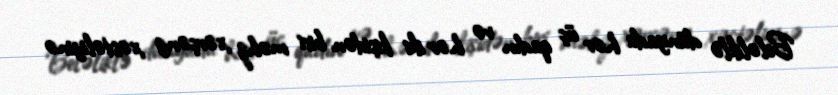
Beləliklə dünyada hər üç qadın və hər iki kişidən biri məhz xərçəng xəstəliyinə